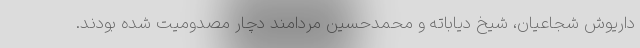
داریوش شجاعیان، شیخ دیاباته و محمدحسین مردامند دچار مصدومیت شده بودند.